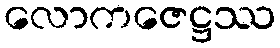
လောကဇေဋ္ဌဿ